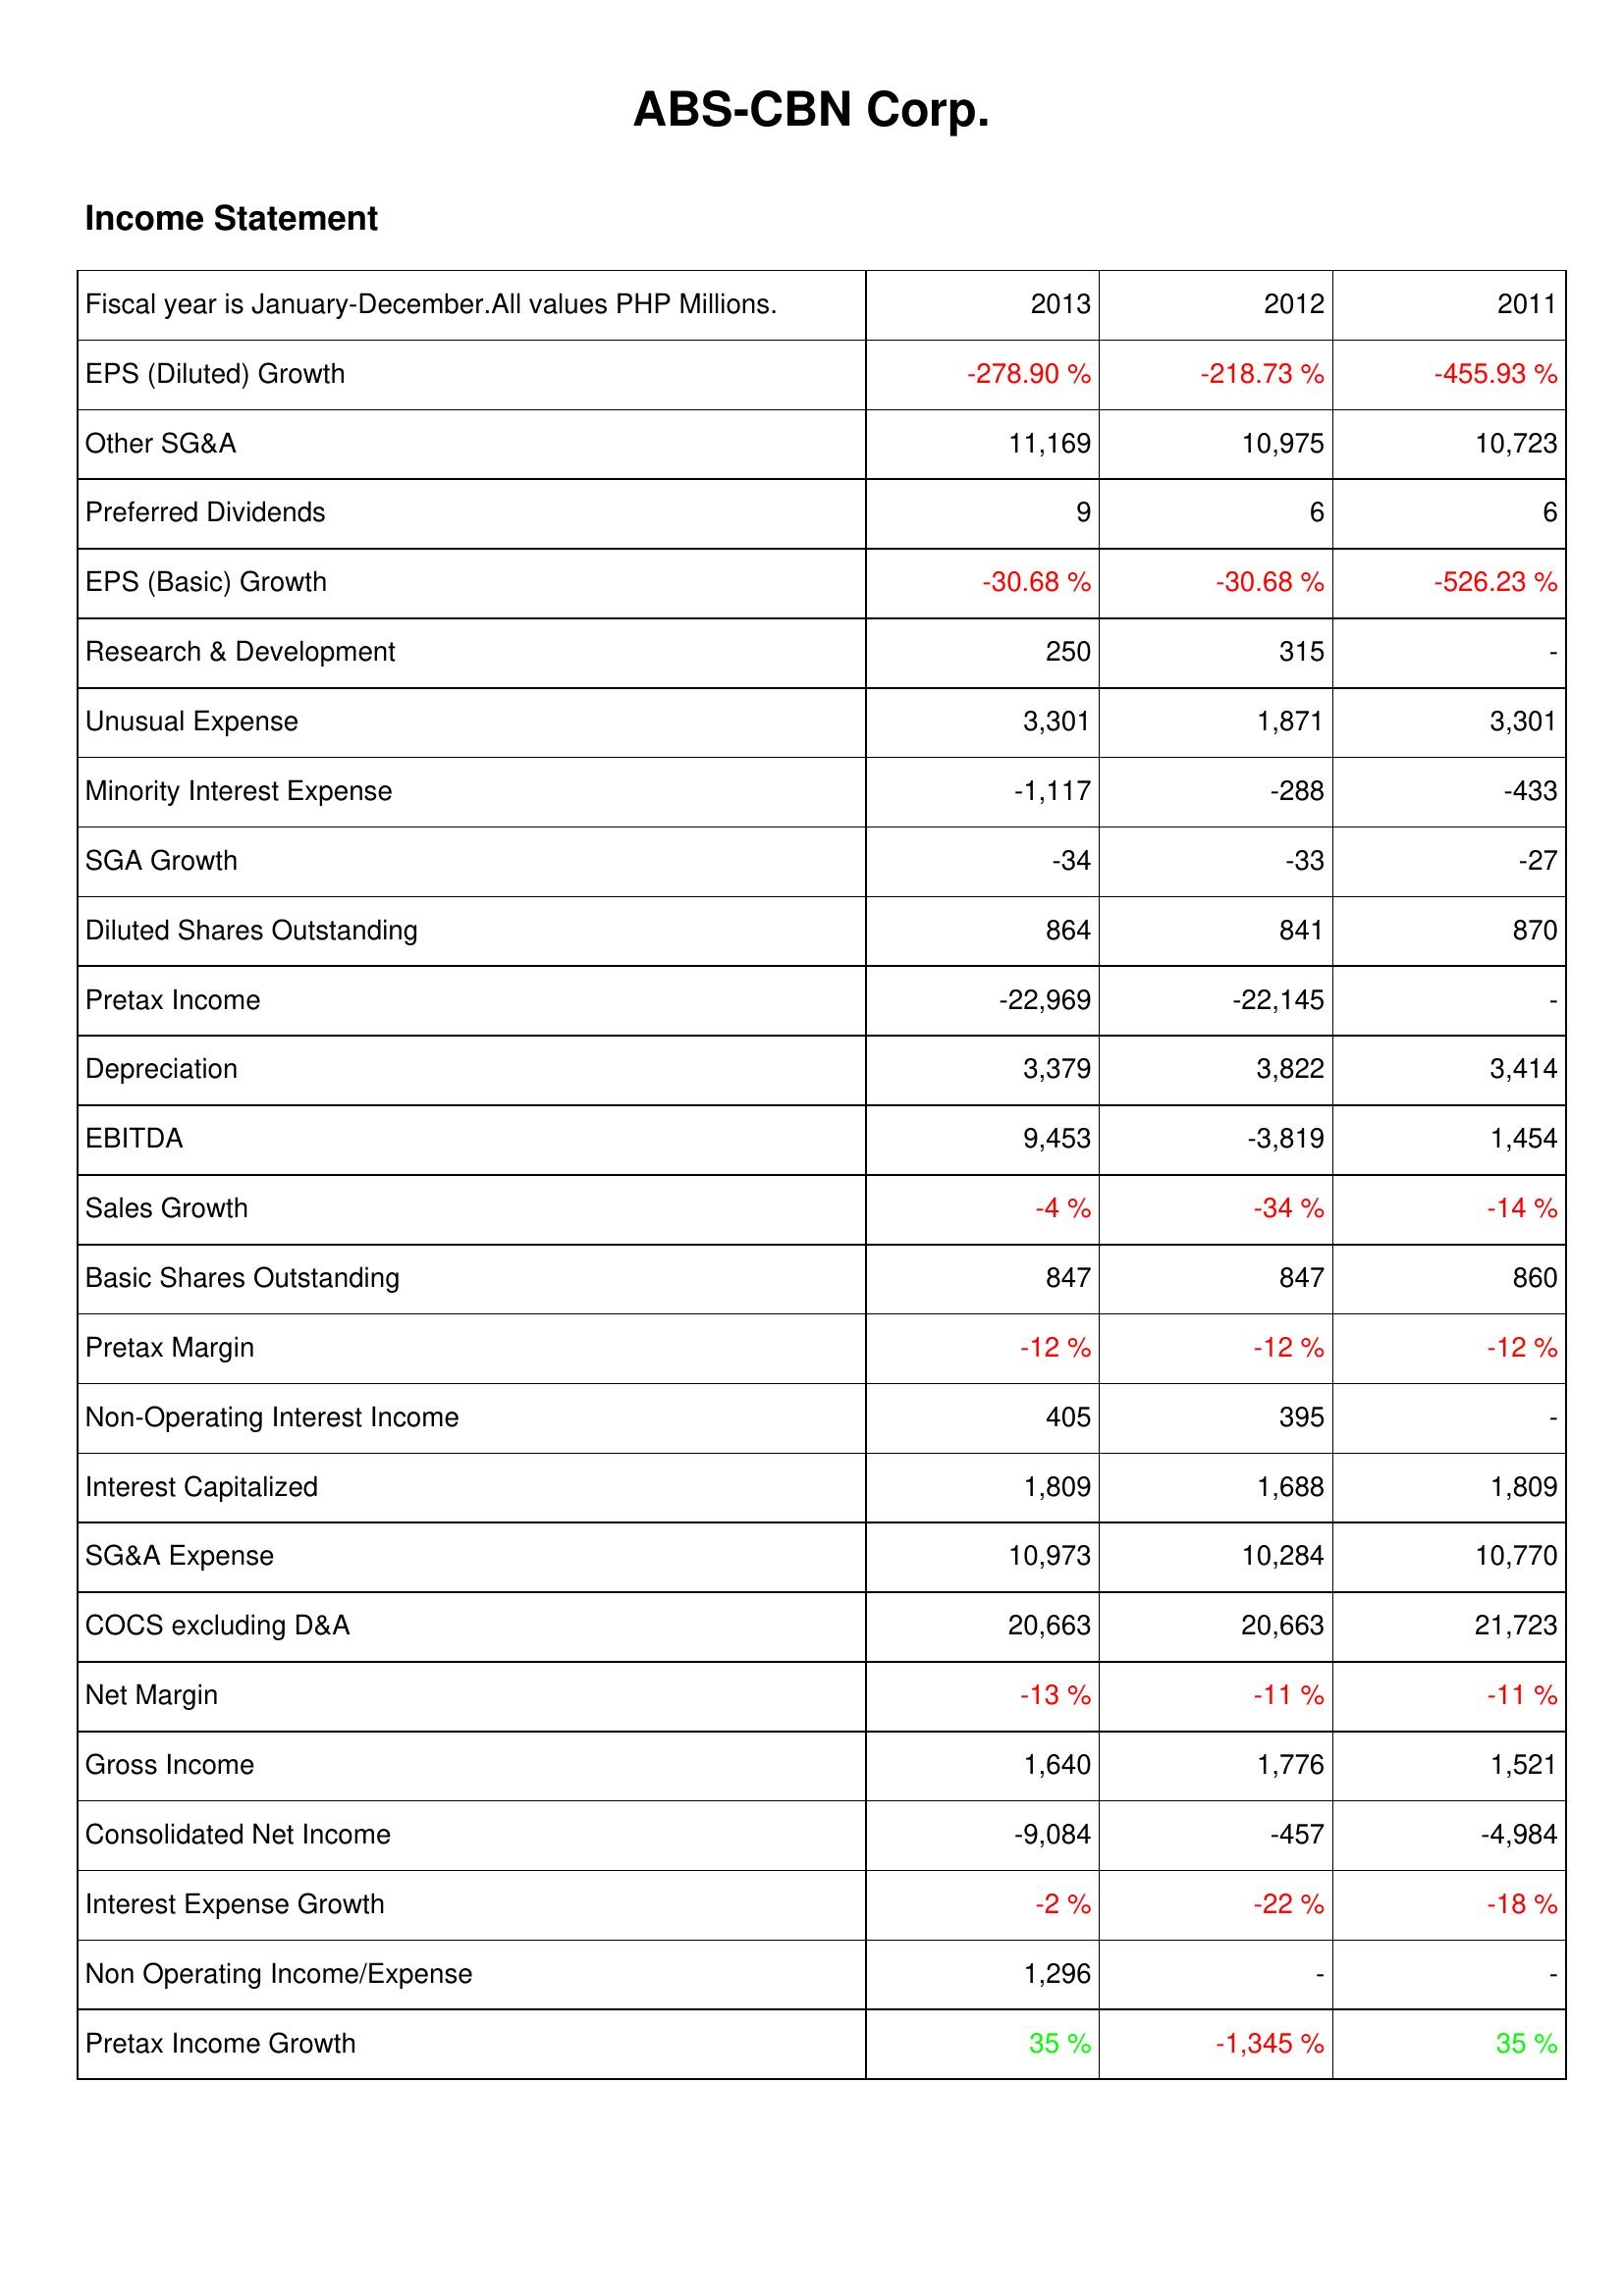
2013: Income Statement: EPS (Diluted) Growth: -278.90 %
Other SG&A: 11,169
Preferred Dividends: 9
EPS (Basic) Growth: -30.68 %
Research & Development: 250
Unusual Expense: 3,301
Minority Interest Expense: -1,117
SGA Growth: -34
Diluted Shares Outstanding: 864
Pretax Income: -22,969
Depreciation: 3,379
EBITDA: 9,453
Sales Growth: -4 %
Basic Shares Outstanding: 847
Pretax Margin: -12 %
Non-Operating Interest Income: 405
Interest Capitalized: 1,809
SG&A Expense: 10,973
COCS excluding D&A: 20,663
Net Margin: -13 %
Gross Income: 1,640
Consolidated Net Income: -9,084
Interest Expense Growth: -2 %
Non Operating Income/Expense: 1,296
Pretax Income Growth: 35 %
2012: Income Statement: EPS (Diluted) Growth: -218.73 %
Other SG&A: 10,975
Preferred Dividends: 6
EPS (Basic) Growth: -30.68 %
Research & Development: 315
Unusual Expense: 1,871
Minority Interest Expense: -288
SGA Growth: -33
Diluted Shares Outstanding: 841
Pretax Income: -22,145
Depreciation: 3,822
EBITDA: -3,819
Sales Growth: -34 %
Basic Shares Outstanding: 847
Pretax Margin: -12 %
Non-Operating Interest Income: 395
Interest Capitalized: 1,688
SG&A Expense: 10,284
COCS excluding D&A: 20,663
Net Margin: -11 %
Gross Income: 1,776
Consolidated Net Income: -457
Interest Expense Growth: -22 %
Non Operating Income/Expense: -
Pretax Income Growth: -1,345 %
2011: Income Statement: EPS (Diluted) Growth: -455.93 %
Other SG&A: 10,723
Preferred Dividends: 6
EPS (Basic) Growth: -526.23 %
Research & Development: -
Unusual Expense: 3,301
Minority Interest Expense: -433
SGA Growth: -27
Diluted Shares Outstanding: 870
Pretax Income: -
Depreciation: 3,414
EBITDA: 1,454
Sales Growth: -14 %
Basic Shares Outstanding: 860
Pretax Margin: -12 %
Non-Operating Interest Income: -
Interest Capitalized: 1,809
SG&A Expense: 10,770
COCS excluding D&A: 21,723
Net Margin: -11 %
Gross Income: 1,521
Consolidated Net Income: -4,984
Interest Expense Growth: -18 %
Non Operating Income/Expense: -
Pretax Income Growth: 35 %